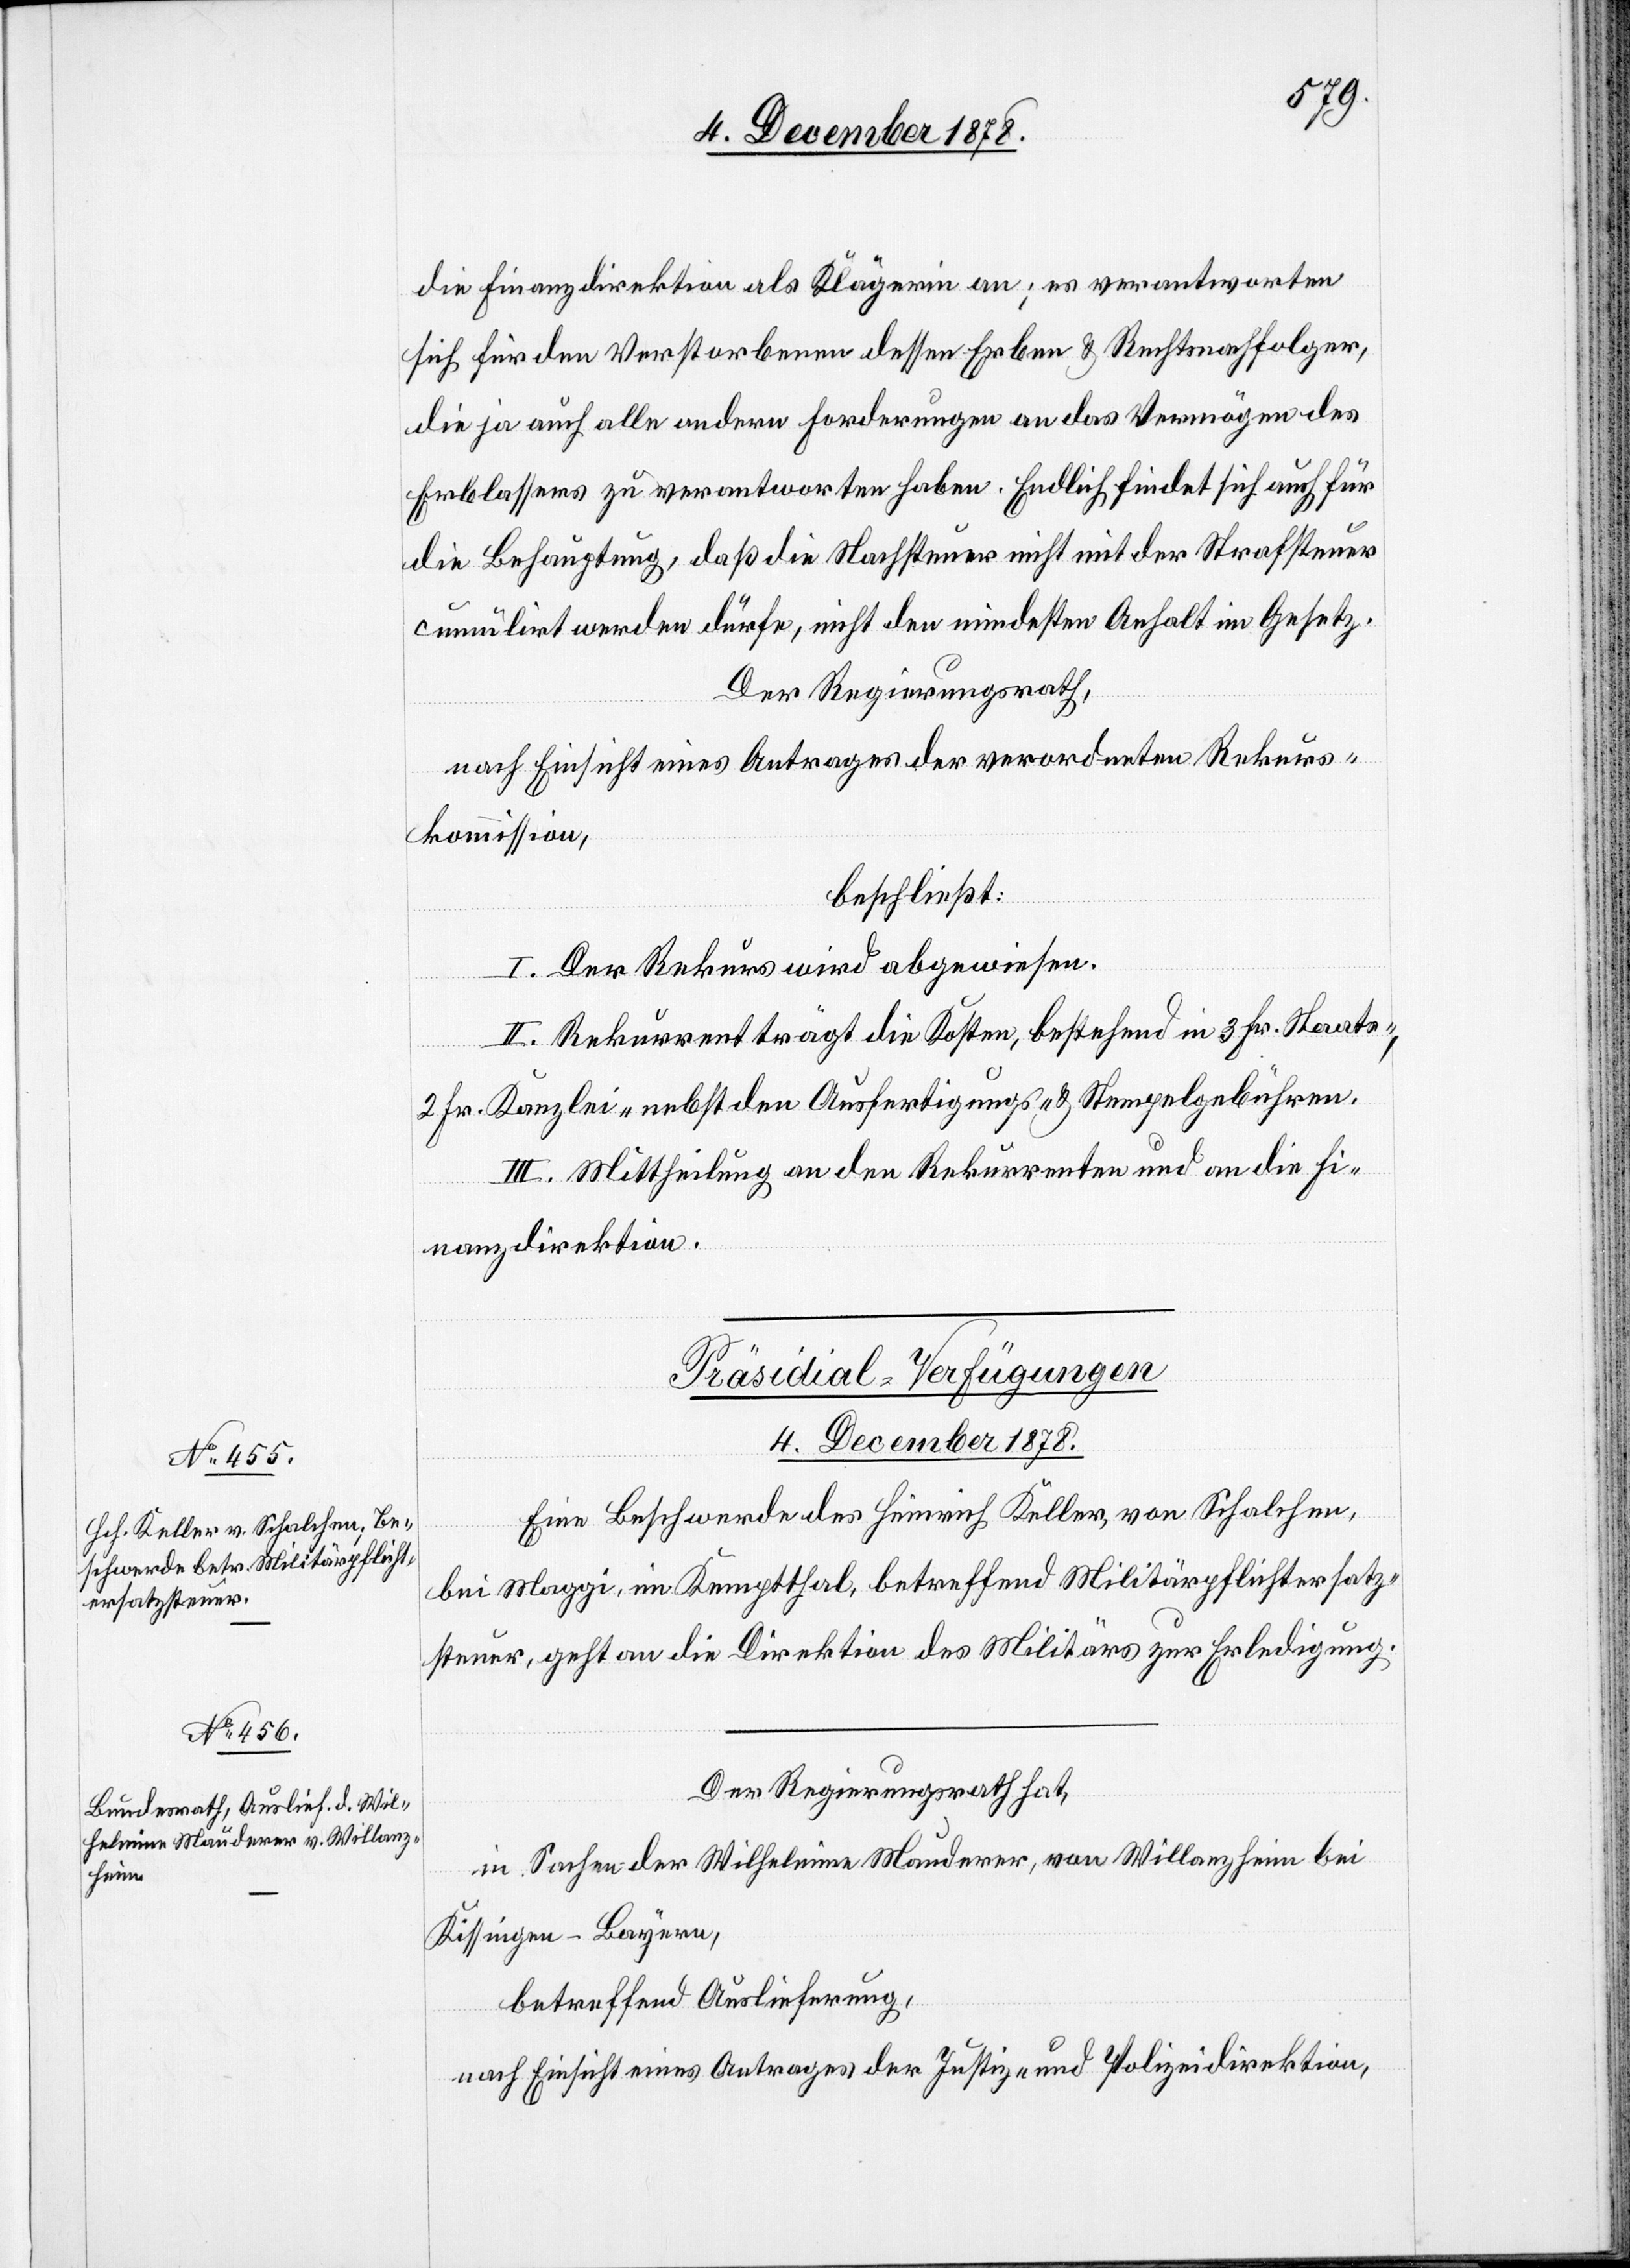
die Finanzdirektion als Klägerin an; es verantworten
sich für den Verstorbenen dessen Erben & Rechtsnachfolger,
die ja auch alle andern Forderungen an das Vermögen des
Erblassers zu verantworten haben. Endlich findet sich auch für
die Behauptung, daß die Nachsteuer nicht mit der Strafsteuer
cumulirt werden dürfe, nicht den mindesten Anhalt im Gesetz.
Der Regierungsrath,
nach Einsicht eines Antrages der verordneten Rekurs¬
kommission,
beschließt:
I. Der Rekurs wird abgewiesen.
II. Rekurrent trägt die Kosten, bestehend in 3 Fr. Staats-,
2 Fr. Kanzlei- nebst den Ausfertigungs- und Stempelgebühren.
III. Mittheilung an den Rekurrenten und an die Fi¬
nanzdirektion.
[Präsidial-Verfügungen
4. December 1878.]
Eine Beschwerde des Heinrich Keller, von Schalchen,
bei Maggi, im Kemptthal, betreffend Militärpflichtersatz¬
steuer, geht an die Direktion des Militärs zur Erledigung.
Der Regierungsrath hat,
In Sachen der Wilhelmine Mauderer, von Willanzheim bei
Kissingen - Bayern,
betreffend Auslieferung,
nach Einsicht eines Antrages der Justiz- & Polizeidirektion,